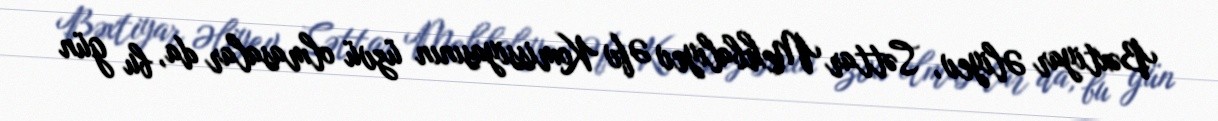
Bəxtiyar Əliyev, Səttar Mehbalıyev Əfv Komissiyasının üzvü olmasalar da, bu gün